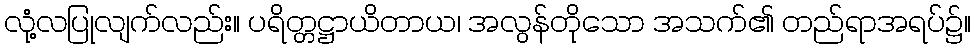
လုံ့လပြုလျက်လည်း။ ပရိတ္တဋ္ဌာယိတာယ၊ အလွန်တိုသော အသက်၏ တည်ရာအရပ်၌။